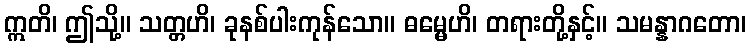
ဣတိ၊ ဤသို့။ သတ္တဟိ၊ ခုနစ်ပါးကုန်သော။ ဓမ္မေဟိ၊ တရားတို့နှင့်။ သမန္နာဂတော၊